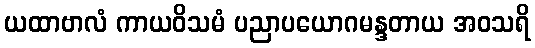
ယထာဗာလံ ကာယဝိသမံ ပညာပယောဂမန္ဒတာယ အဝသရိ